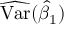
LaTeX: { \widehat { \operatorname { V a r } } } ( { \widehat { \beta } } _ { 1 } )